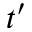
t ^ { \prime }